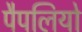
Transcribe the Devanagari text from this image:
पैपलियो